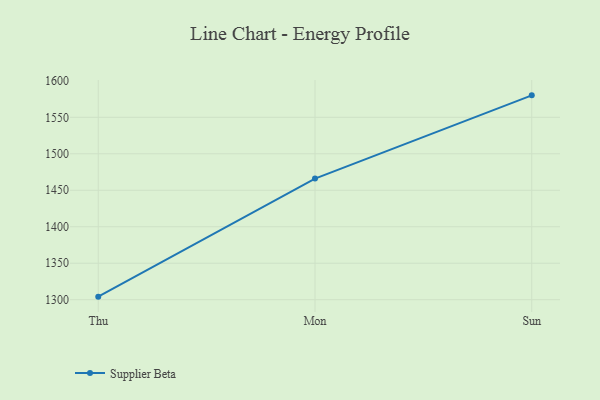
{"axis": {"x": "Day", "y": "Headcount"}, "legend": ["Supplier Beta"], "data": [{"x": "Thu", "y": 1304.2, "type": "Supplier Beta"}, {"x": "Mon", "y": 1466.0, "type": "Supplier Beta"}, {"x": "Sun", "y": 1580.1, "type": "Supplier Beta"}]}